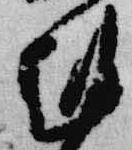
剋